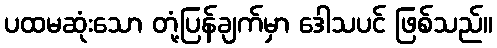
ပထမဆုံးသော တုံ့ပြန်ချက်မှာ ဒေါသပင် ဖြစ်သည်။